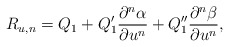
\begin{align*} R_{u,n}=Q_1+Q_1'\frac{\partial^n\alpha}{\partial u^n}+Q_1''\frac{\partial^n\beta}{\partial u^n},\end{align*}